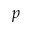
p